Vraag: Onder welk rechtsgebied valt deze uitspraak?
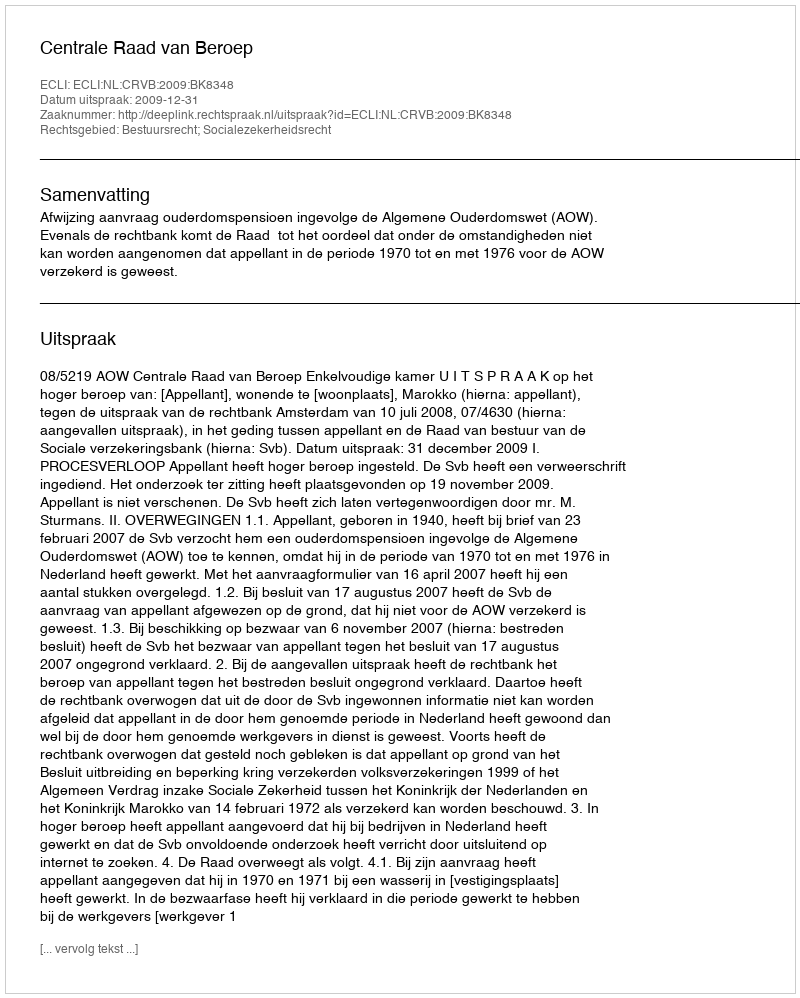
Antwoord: Bestuursrecht; Socialezekerheidsrecht